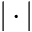
\left| \, \cdot \, \right|